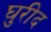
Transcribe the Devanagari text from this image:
घुरीद